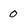
Character: 0